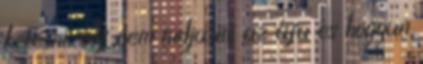
keresni. sdf nem tudja mi az áfa és hogyan